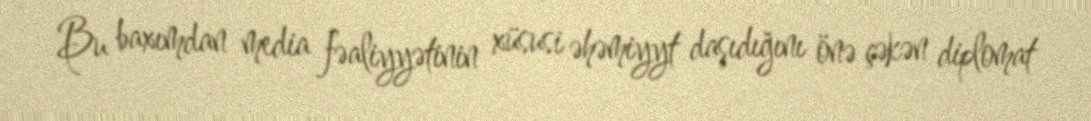
Bu baxımdan media fəaliyyətinin xüsusi əhəmiyyt daşıdığını önə çəkən diplomat